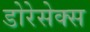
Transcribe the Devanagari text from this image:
डोरेसेक्स